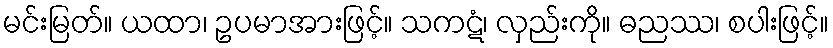
မင်းမြတ်။ ယထာ၊ ဥပမာအားဖြင့်။ သကဋံ၊ လှည်းကို။ ဓညဿ၊ စပါးဖြင့်။